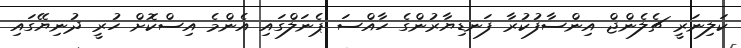
ކަލިނަރީ ޗެލެންޖް އިންސާފުކުރާ ފަނޑިޔާރުންގެ ހާއްސަ ޕެނަލްގައި އެންމެ އިސްކޮށް ހުރީ ދުނިޔޭގައި